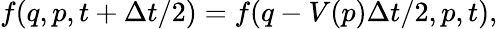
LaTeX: f(q,p,t+\Delta t/2)=f(q-V(p)\Delta t/2,p,t),